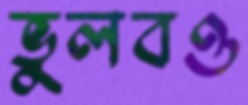
ভুলবও